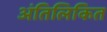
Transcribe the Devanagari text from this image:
अंतिलिकित